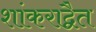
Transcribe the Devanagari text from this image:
शांकराद्वैत